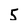
Character: 5